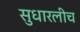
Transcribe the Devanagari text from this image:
सुधारलीच